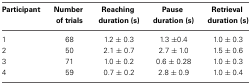
| Participant | Number of trials | Reaching duration (s) | Pause duration (s) | Retrieval duration (s) |
 | --- | --- | --- | --- | --- |
 | 1 | 68 | 1.2 ± 0.3 | 1.3 ±0.4 | 1.0 ± 0.3 |
 | 2 | 50 | 2.1 ± 0.7 | 2.7 ± 1.0 | 1.5 ± 0.6 |
 | 3 | 71 | 1.0 ± 0.2 | 0.6 ± 0.28 | 1.0 ± 0.3 |
 | 4 | 59 | 0.7 ± 0.2 | 2.8 ± 0.9 | 1.0 ± 0.4 |